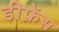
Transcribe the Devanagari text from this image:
डीफ्रेंस